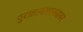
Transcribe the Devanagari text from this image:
पुरातत्वशास्त्रावर